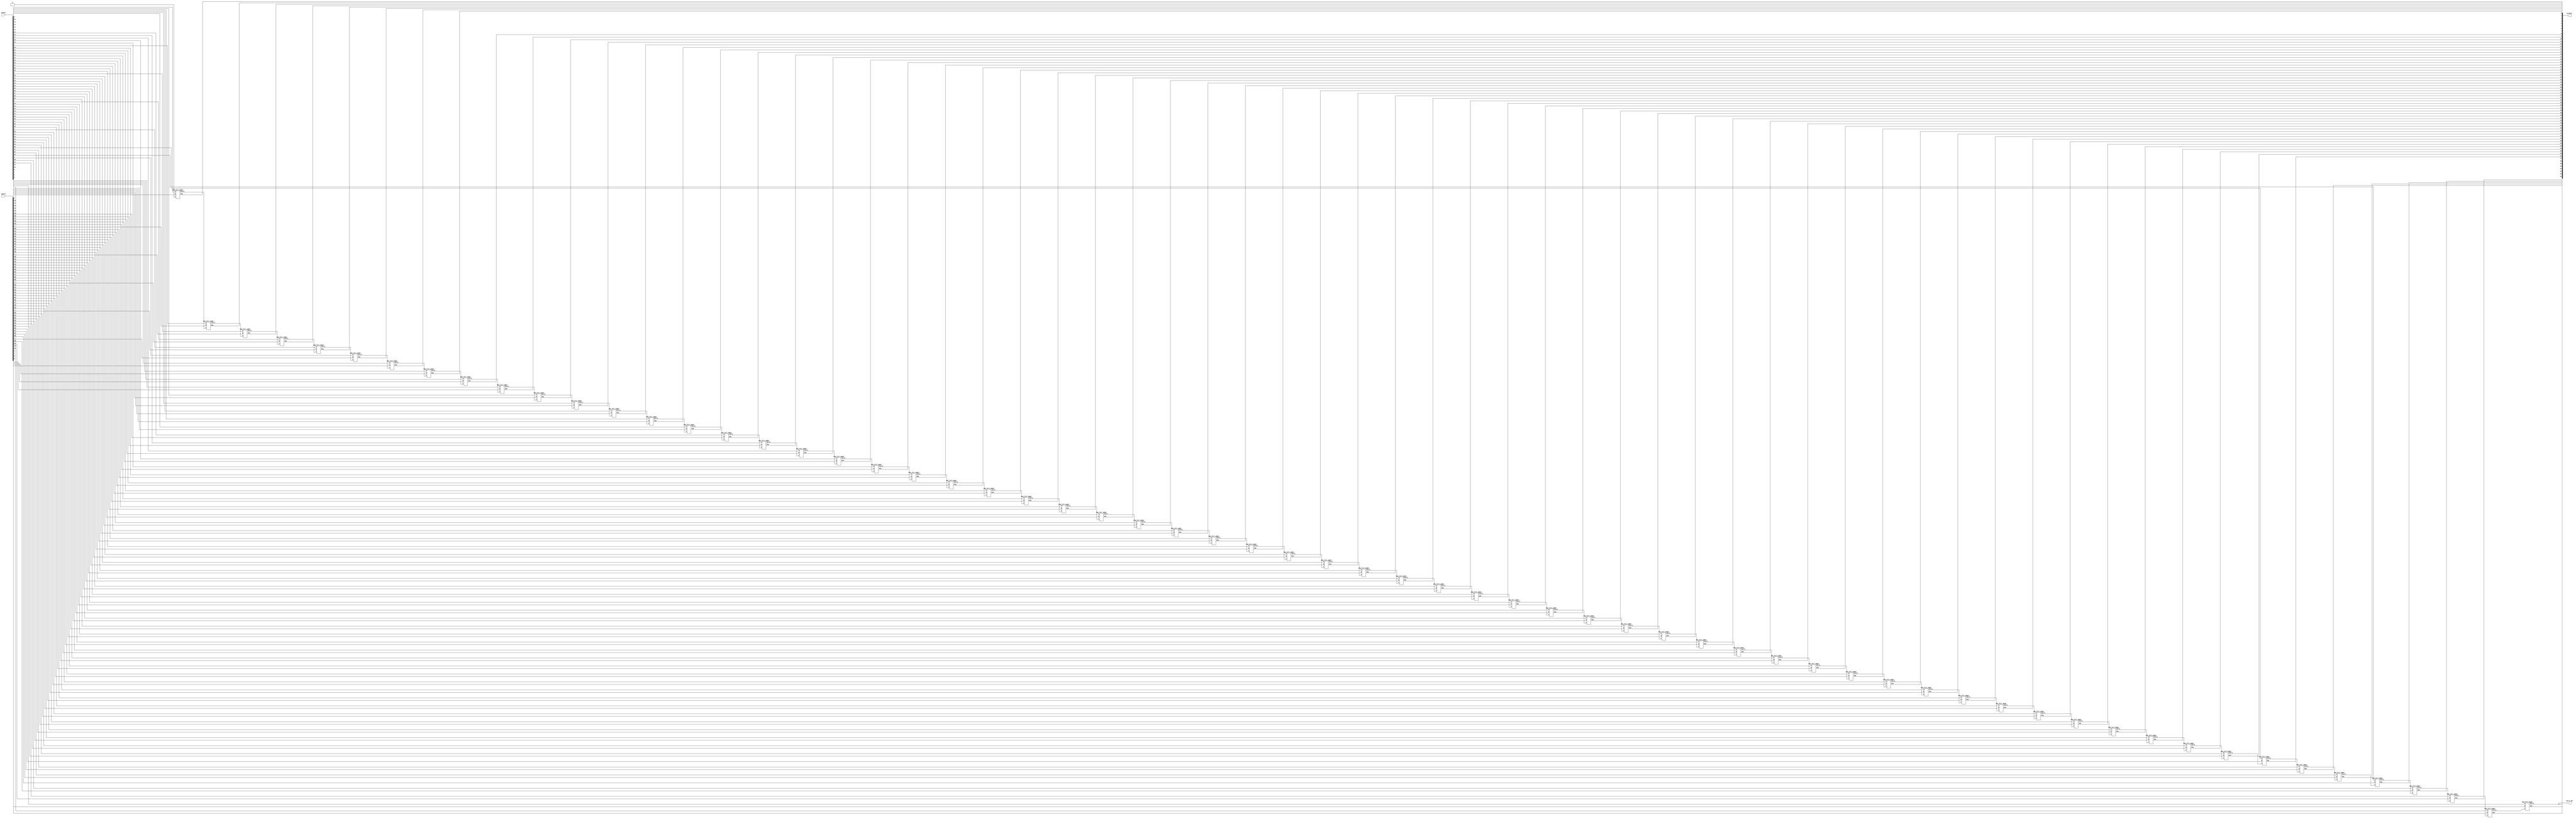
`timescale 1ns / 1ps
//////////////////////////////////////////////////////////////////////////////////
// Company: 
// Engineer: 
// 
// Design Name: MAC Unit
// Module Name: adder
// Project Name: 
// Target Devices: 
// Tool Versions: 
// Description: 
// 
// Dependencies: 
// 
// Revision:
// Revision 0.01 - File Created
// Additional Comments:
// 
//////////////////////////////////////////////////////////////////////////////////


module adder (input1, input2, product, carry_out);
parameter N = 64;
input [N-1:0] input1, input2;
output [N:0] product;
output carry_out;
wire [N-1:0] answer;
wire [N-1:0] carry;
genvar i;
generate
   for (i = 0; i < N; i = i + 1)
     begin: generate_N_bit_Adder
        if (i == 0)
          dkg_full_adder f(input1[0], input2[0], 1'b0, answer[0], carry[0]);
        else if (i == N-1)
          dkg_full_adder f(input1[i], input2[i], carry[i-1], answer[i], carry_out);
        else
          dkg_full_adder f(input1[i], input2[i], carry[i-1], answer[i], carry[i]);
     end
  assign carry_out = carry[N-1];
  assign product = {carry_out, answer};
endgenerate
endmodule

//Full adder design using reversible dkg logic
module dkg_full_adder(A, B,C,Sum, Carry);
input A, B, C;
output Sum, Carry;
assign Carry = (A & (B ^ C))^(B & C);
assign Sum = A ^ B ^ C;
endmodule